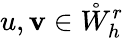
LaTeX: u,\mathbf{v}\in\mathring{W}_{h}^{r}